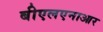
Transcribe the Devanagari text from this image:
बीएलएनाआर